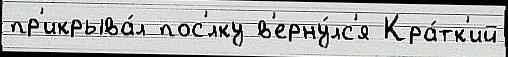
пр'икрыва́л пос'́лку в'ерну́лс'я Кра́тк'ий